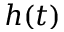
h ( t )